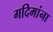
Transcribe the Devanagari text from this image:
गदिमांना